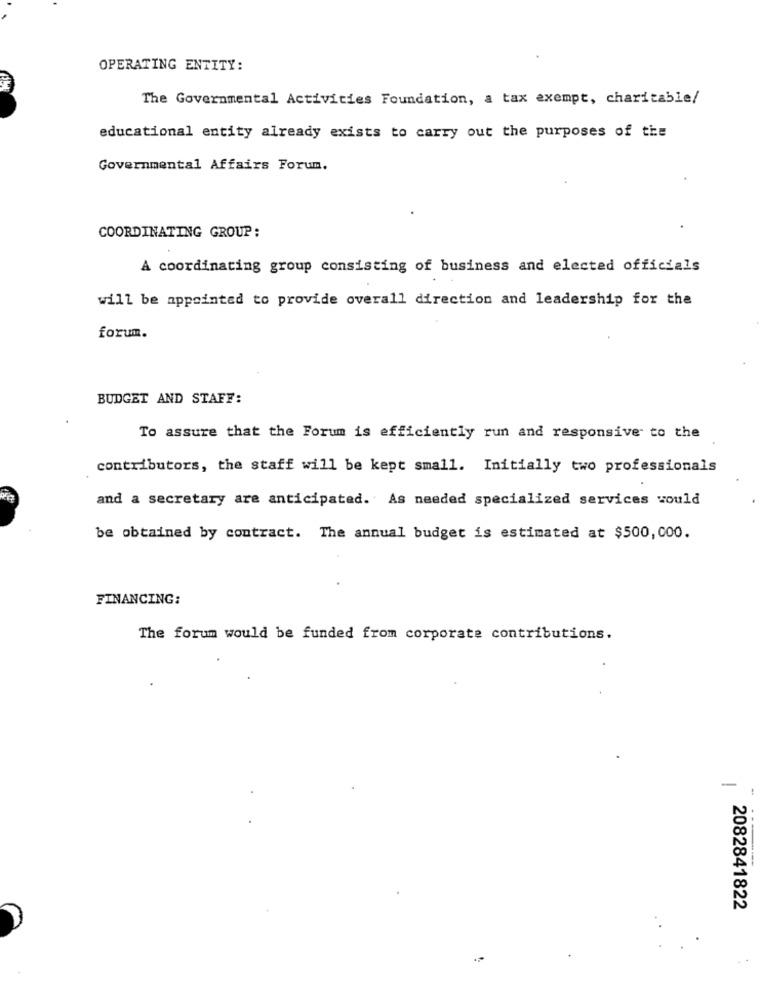
OPERATING ENTITY:
The Governmental Activities Foundation, a tax exempt, charitable/
educational entity already exists to carry out the purposes of the
Governmental Affairs Forum.
COORDINATING GROUP :
A coordinating group consisting of business and elected officials
will be appointed to provide overall direction and leadership for the
forum.
BUDGET AND STAFF:
To assure that the Forum is efficiently run and responsive to the
contributors, the staff will be kept small. Initially two professionals
and a secretary are anticipated. As needed specialized services would
be obtained by contract. The annual budget is estimated at $500,000.
FINANCING:
The forum would be funded from corporate contributions.
-
-
2082841822